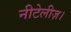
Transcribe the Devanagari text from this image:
नीटेलीज़।